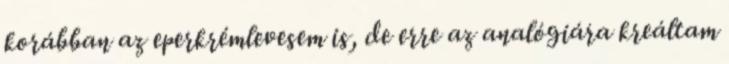
korábban az eperkrémlevesem is, de erre az analógiára kreáltam